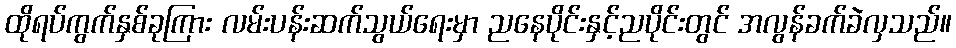
ထိုရပ်ကွက်နှစ်ခုကြား လမ်းပန်းဆက်သွယ်ရေးမှာ ညနေပိုင်းနှင့်ညပိုင်းတွင် အလွန်ခက်ခဲလှသည်။